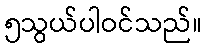
၅သွယ်ပါဝင်သည်။